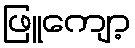
ဖြူကျော့